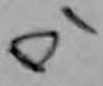
Text: D1